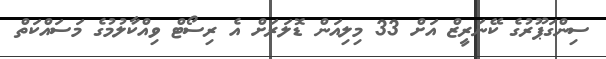
ސިންގަޕޫރުގެ ކޭނަރީޒް އަށް 33 މިލިއަން ޑޮލަރަށް އެ ރިސޯޓް ވިއްކާލުމުގެ މަސައްކަތް